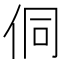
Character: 侗